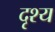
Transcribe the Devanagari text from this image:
दृश्‍य